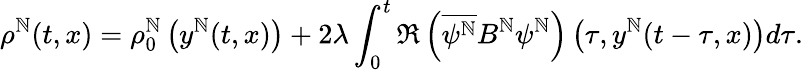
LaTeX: \rho^{\mathbb{N}}(t,x)=\rho_{0}^{\mathbb{N}}\left(y^{\mathbb{N}}(t,x)\right)+2\lambda\int_{0}^{t}\Re\left(\overline{{{\psi^{\mathbb{N}}}}}B^{\mathbb{N}}\psi^{\mathbb{N}}\right)\left(\tau,y^{\mathbb{N}}(t-\tau,x)\right)d\tau.